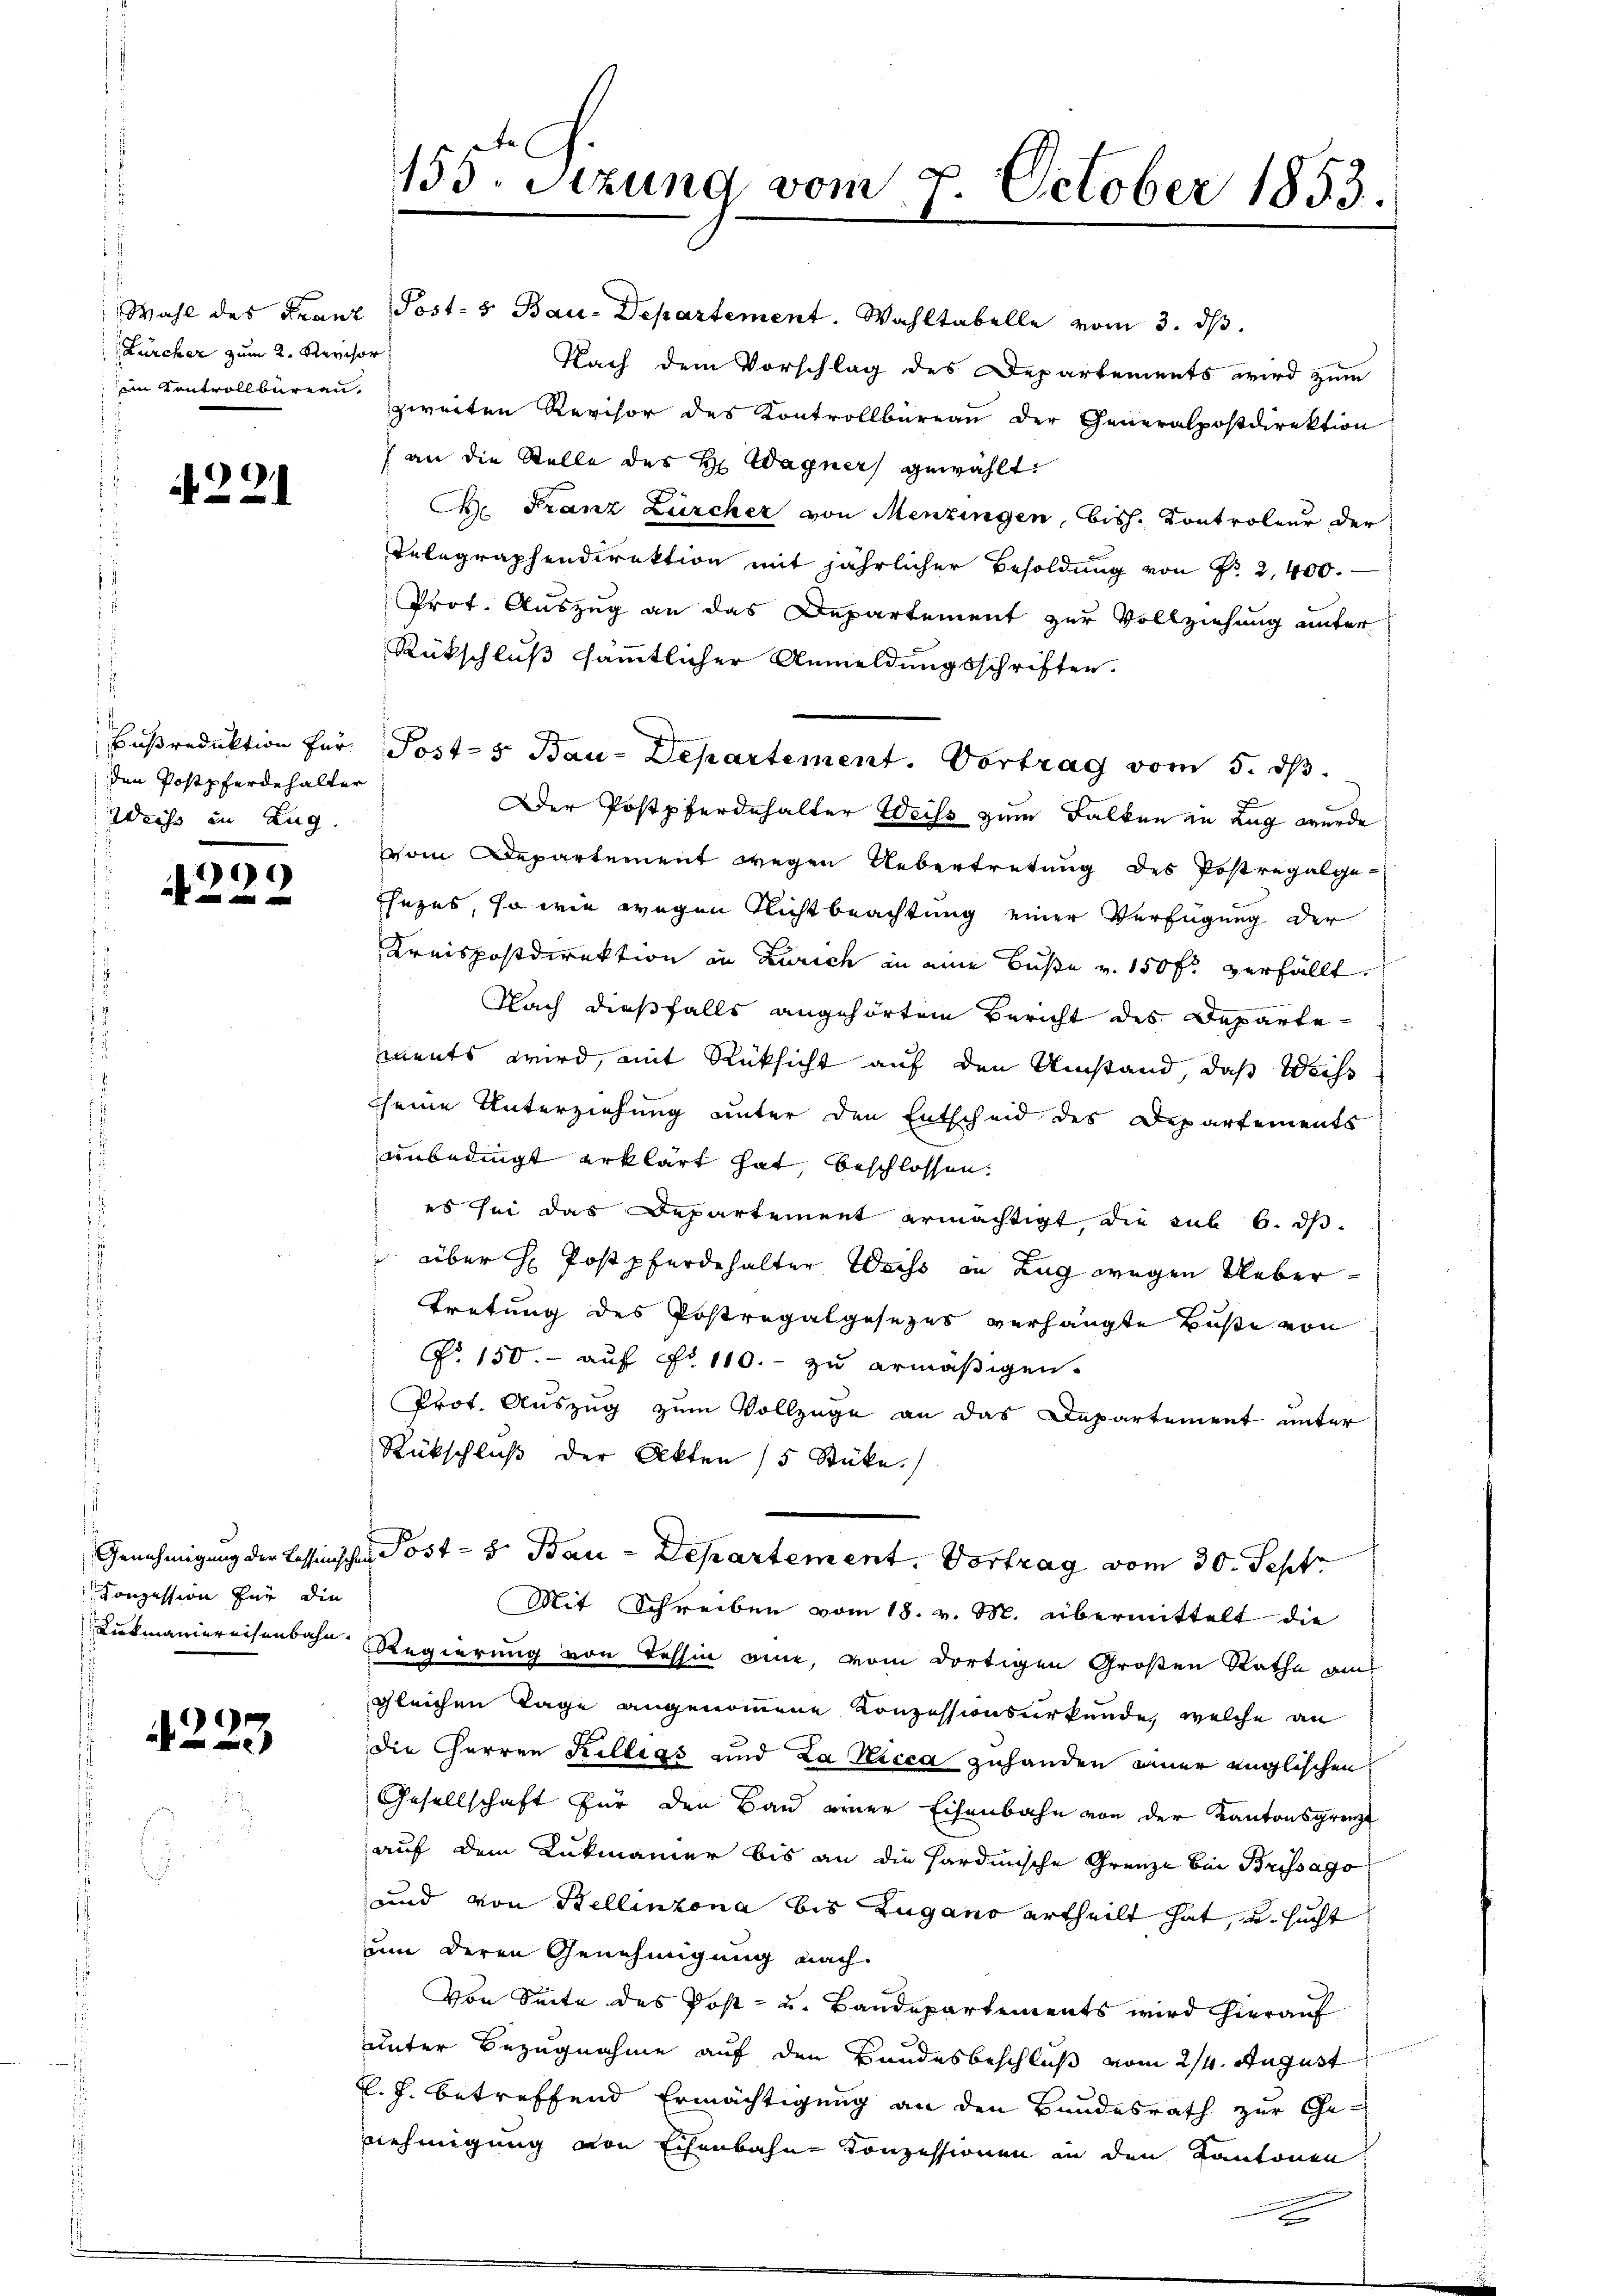
(Lürcher zum 2. Kerchor
im Kontrollbüreau.

4221

den Postpferdehalter
Weise in Zug.

199
 0 f 0 x

Konzession für die

4223

Wahl des Franz Post- & Bau-Departement. Wahltabelle vom 3. dβ.
Nach dem Vorschlag des Departements wird zum
zweiten Revisor des Kontrollbüreau der Generalpostdirektion
) an die Stelle des H Wagner gewählt:
C. Franz Zürcher von Menzingen, bish. Controleur der
Telegraphendirektion mit jährlicher Besoldung von Nr. 2,400.
Prot. Auszug an das Departement zur Vollziehung unter
Rückschluß sämmtlicher Anmeldungsschriften.
Bŭβredŭktion für Post-s Bau-Departement. Vortrag vom 5. ds.
Der Postpferdehalter Weiss zum Falken in Zug wurde
vom Departement wegen Uebertretung des Postregalge¬
Ehezes, so wie wegen Richtbeachtung einer Verfügung der
Kreispostdirektion in Zürich in eine Buße v. 150 fl verfällt.
Nach dießfalls angehörten Bericht des Departements wird, mit Rücksicht auf den Umstand, daß Weiss
seine Unterziehung unter den Entscheid des Departements
unbedingt erklärt hat, beschlossen.
es sei das Departement ermächtigt die sub 6. ds
 über H. Postpferdehalter Weiss in Lug wegen Uebertretung des Postregalgesezes verhängte Buße von
P. 150.- auf Fr. 110. zu ermäßigen.
Prot. Auszug zum Vollzüge an das Departement unter
Rückschluß der Akten 15 Stücke.
Genehmigung der Cessinischen Post - 8. Bau-Departement. Vortrag vom 30. Sept.
Mit Schreiben vom 18. v. M. übermittelt die
Lukmaniereisenbahn Regierung von Tessin ein, vom dortigen Großen Rathe am
gleichen Lage angenommene Konzessionsurkunde, welche an
die Herren Killigs und La Nicca zuhanden einer englischen
Gesellschaft für den Bau einer Eisenbahn von der Kantonsgrenzt
auf dem Lukmanier bis an die Hardinische Grenze bei Brissago
und von Bellinzona bis Zugano ertheilt hat, u. sucht
um deren Genehmigung nach
Von Seite des Post- u. Bandepartements wird hierauf
unter Bezugnahme auf den Bandesbeschluß vom 24. August
l. J. betreffend Ermächtigung an den Bundesrath zur Ge-
nehmigung von Echenbahn Konzessionen in den Kantonen

153. Setzung vom 7. October 1853.